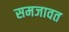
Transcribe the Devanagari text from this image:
समजावत